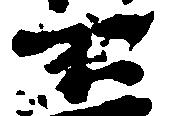
不